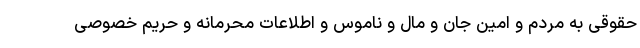
حقوقی به مردم و امین جان و مال و ناموس و اطلاعات محرمانه و حریم خصوصی